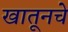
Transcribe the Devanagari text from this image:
खातूनचे